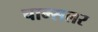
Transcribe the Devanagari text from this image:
चाम्सलर